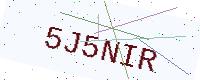
Text: 5J5NIR